Annual report of the Bengal Veterinary College and of the Civil Veterinary Department, Bengal, for the year 1912-1913 - 1912-1913
Year: 1912
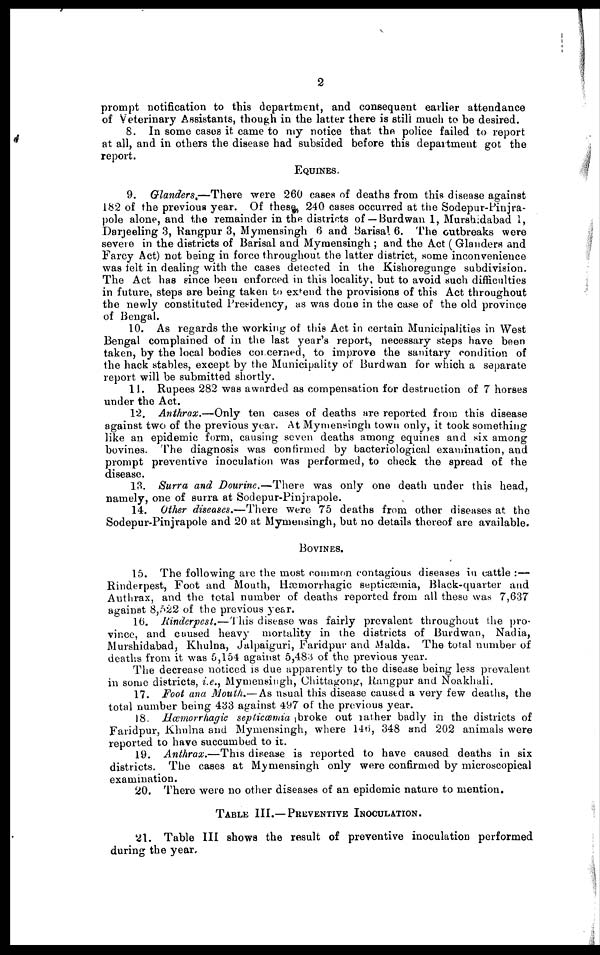
2
prompt notification to this department, and consequent earlier attendance
of Veterinary Assistants, though in the latter there is still much to be desired.
8. In some cases it came to my notice that the police failed to report
at all, and in others the disease had subsided before this department got the
report.
EQUINES.
9. Glanders.—There
were 260 cases of deaths from this disease against
182 of the previous year. Of these 240 cases occurred at the Sodepur-Pinjra-
pole alone, and the remainder in the districts of — Burdwan 1, Mursaidabad 1,
Darjeeling 3, Rangpur 3, Mymensingh 6 and Barisal 6. The outbreaks were
severe in the districts of Barisal and Mymensingh ; and the Act ( Glanders and
Farcy Act) not being in force throughout the latter district, some inconvenience
was felt in dealing with the cases detected in the Kishoregunge subdivision.
The Act has since been enforced in this locality, but to avoid such difficulties
in future, steps are being taken to expend the provisions of this Act throughout
the newly constituted Presidency, as was done in the case of the old province
of Bengal.
10. As regards the working of this Act in certain Municipalities in West
Bengal complained of in the last year's report, necessary steps have been
taken, by the local bodies concerned, to improve the sanitary condition of
the hack stables, except by the Municipality of Burdwan for which a separate
report will be submitted shortly.
11. Rupees 282 was awarded as compensation for destruction of 7 horses
under the Act.
12. Anthrax.—Only
ten cases of deaths are reported from this disease
against two of the previous year. At Mymensingh town only, it took something
like an epidemic form, causing seven deaths among equines and six among
bovines. The diagnosis was confirmed by bacteriological examination, and
prompt preventive inoculation was performed, to check the spread of the
disease.
13. Surra and Dourine.—There
was only one death under this head,
namely, one of surra at Sodepur-Pinjrapole.
14. Other diseases.—There
were 75 deaths from other diseases at the
Sodepur-Pinjrapole and 20 at Mymensingh, but no details thereof are available.
BOVINES.
15. The following are the most common contagious diseases in cattle :—
Rinderpest, Foot and Mouth, Hæmorrhagic septicæmia, Black-quarter and
Anthrax, and the total number of deaths reported from all these was 7,637
against 8,522 of the previous year.
16. Rinderpest.—This disease was fairly prevalent throughout the pro-
vince, and caused heavy mortality in the districts of Burdwan, Nadia,
Murshidabad, Khulna, Jalpaiguri, Faridpur and Malda. The total number of
deaths from it was 5,154 against 5,483 of the previous year.
The decrease noticed is due apparently to the disease being leas prevalent
in some districts, i.e., Mymensingh, Chittagong, Rangpur and Noakhali.
17. Foot ana Mouth.— As usual this disease caused a very few deaths, the
total number being 433 against 497 of the previous year.
18. Hœmorrhagic septicœmia broke out rather badly in the districts of
Faridpur, Khulna and Mymensingh, where 146, 348 and 202 animals were
reported to have succumbed to it.
19. Anthrax.—This
disease is reported to have caused deaths in six
districts. The cases at Mymensingh only were confirmed by microscopical
examination.
20. There were no other diseases of an epidemic nature to mention.
TABLE III.—PREVENTIVE INOCULATION.
21. Table III shows the result of preventive inoculation performed
during the year.